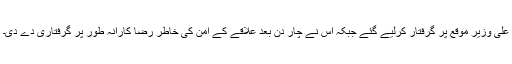
علی وزیر موقع پر گرفتار کرلیے گئے جبکہ اس نے چار دن بعد علاقے کے امن کی خاطر رضا کارانہ طور پر گرفتاری دے دی۔